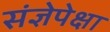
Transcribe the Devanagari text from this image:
संज्ञेपेक्षा